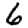
Digit: 6